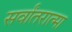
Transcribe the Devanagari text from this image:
सर्वांतरात्मा